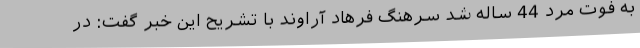
به فوت مرد 44 ساله شد سرهنگ فرهاد آراوند با تشریح این خبر گفت: در